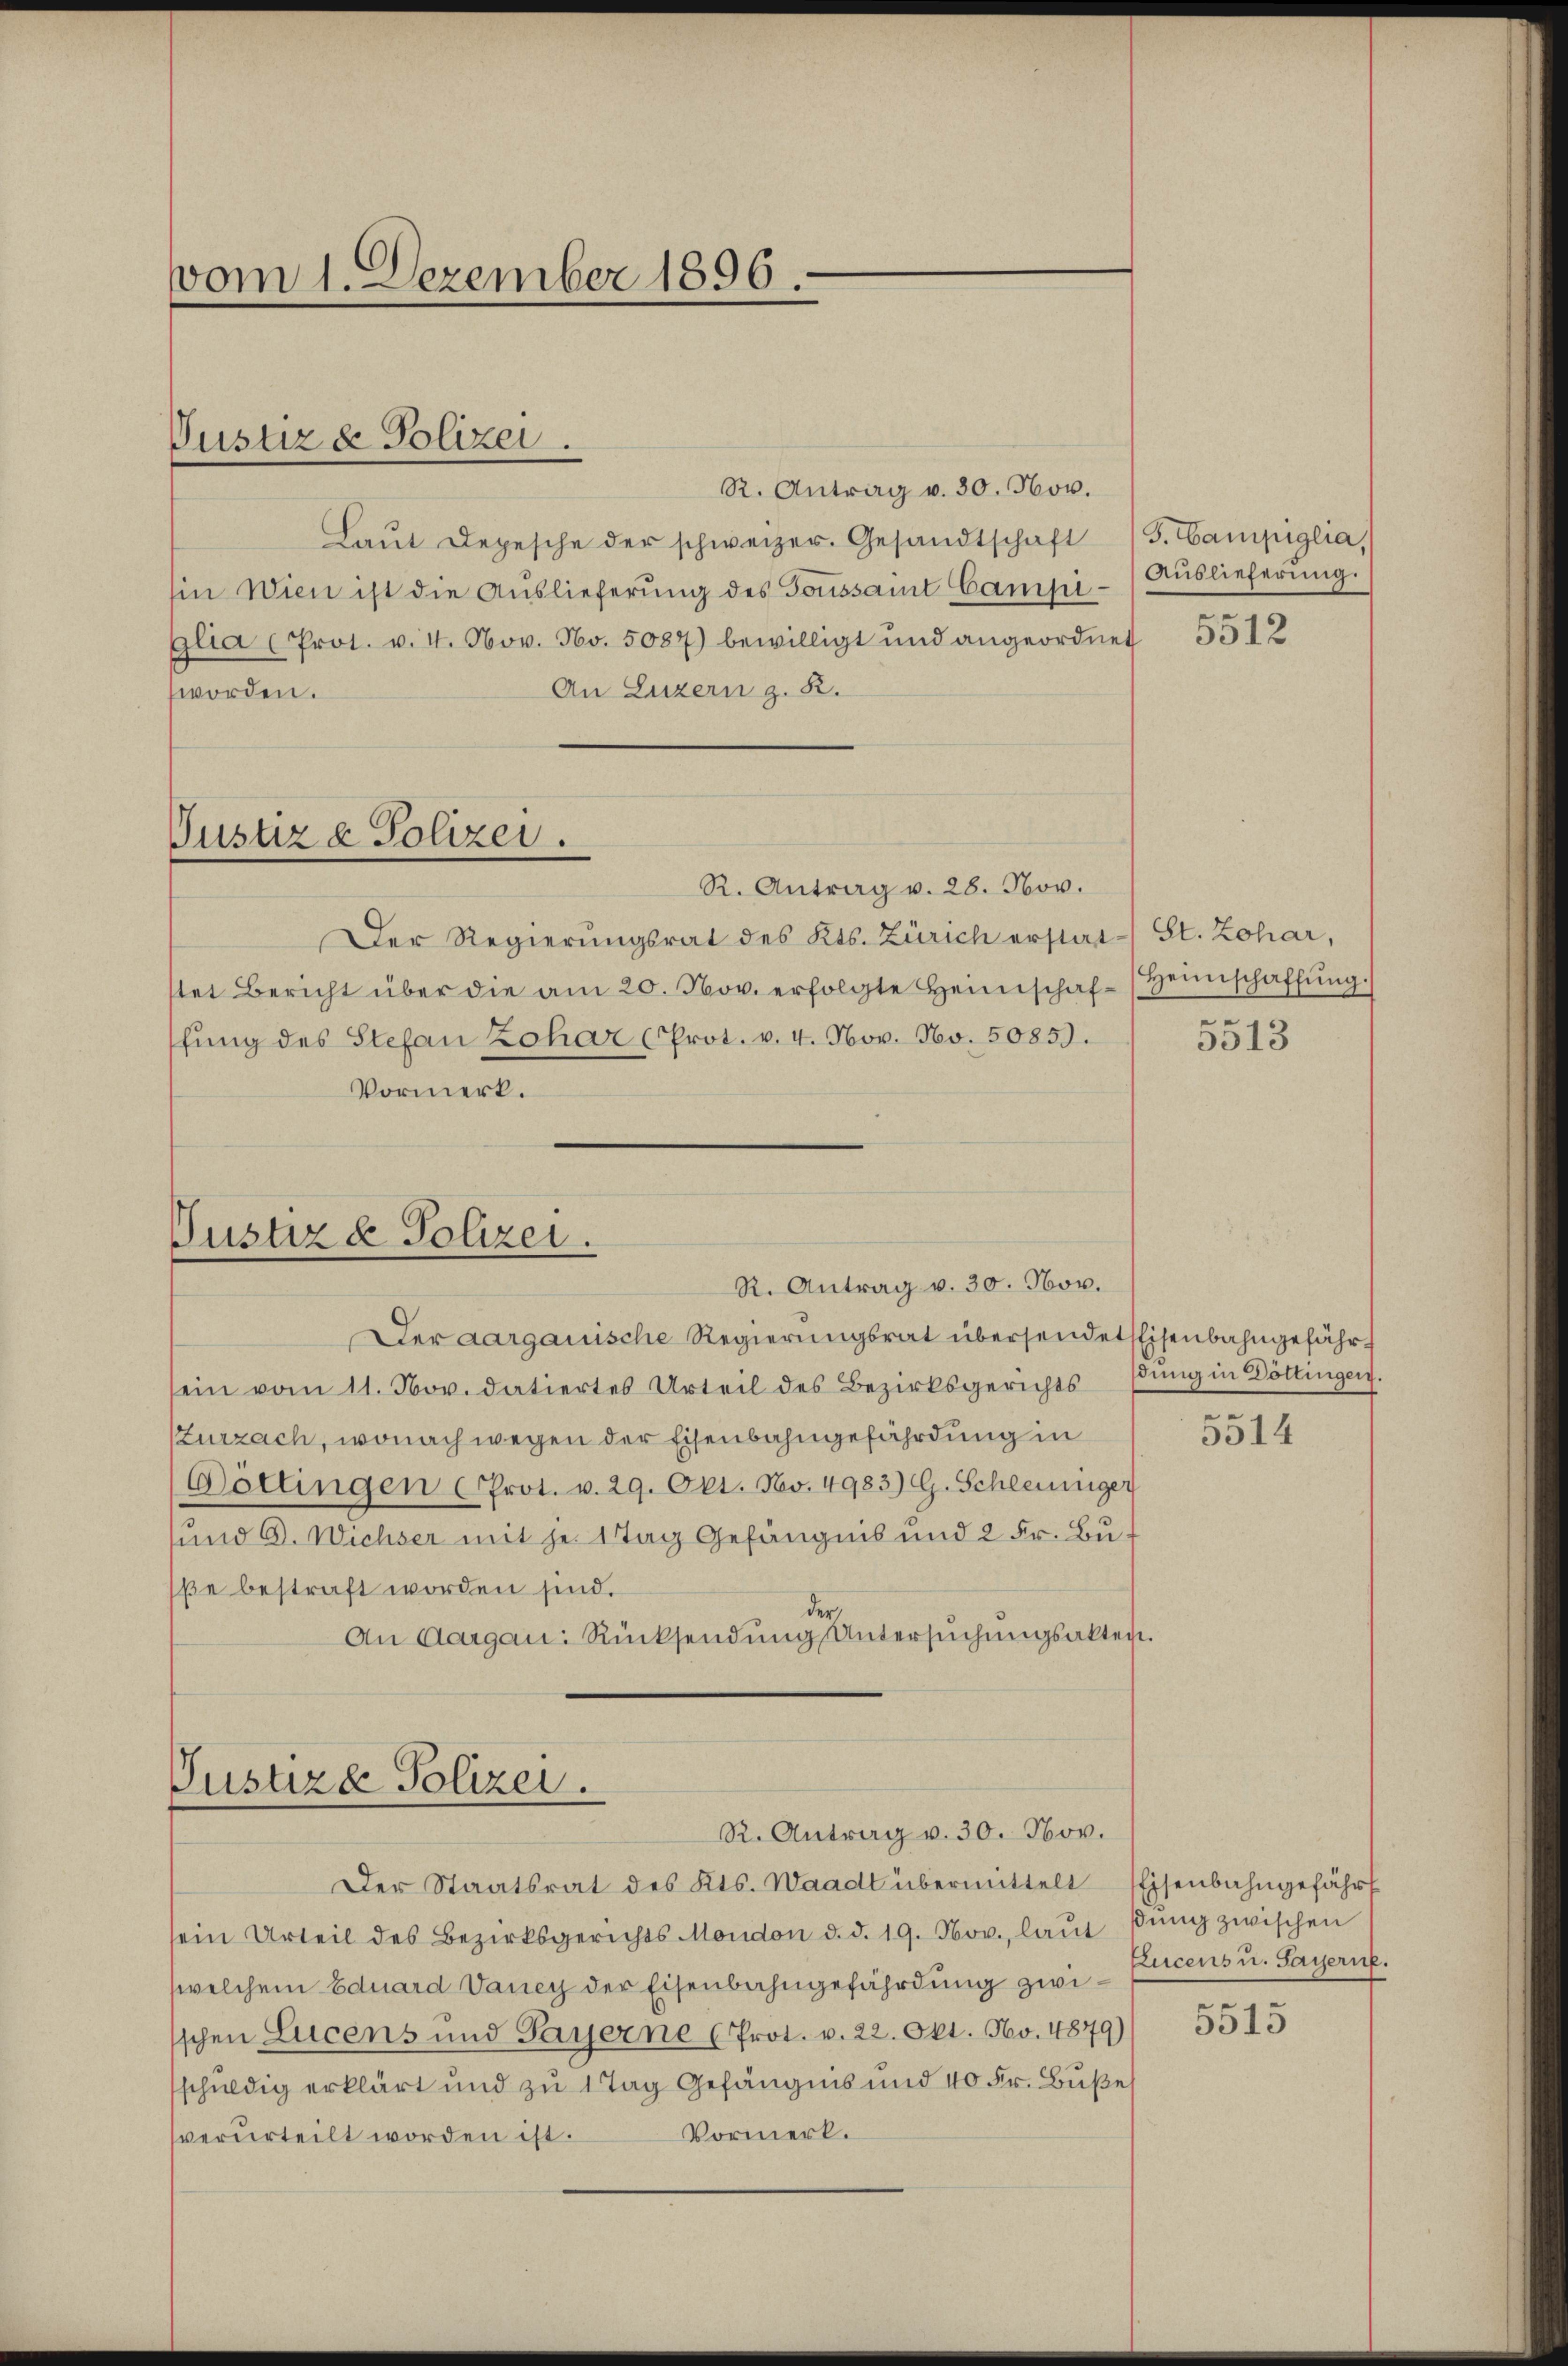
vom 1. Dezember 1896.

Vustiz & Polizei.

R. Antrag v. 30. Nov.
Laŭt Depesche der schweizer. Gesandtschaft
in Wien ist die Auslieferung des Toussamt Campiglia (Prot. v. 4. Nov. No. 5087) bewilligt und angeordnet
An Luzern z. B.
worden.

R. Antrag v. 28. Nov.
Der Regierungsrat des Kts. Zürich erstat-St. Zohar,
stet Bericht über die am 20. Nov. erfolgte Heimschaf-Heimschaffŭng.
fŭng des Stefan Lohar (Prot. v. 4. Nov. No. 50859.
Vormerk.

Vustiz & Polizei.

Pustiz & Polizei.
R. Antrag v. 30. Nov.

Justiza Polizei.
R. Antrag v. 30. Nov.

G. Campiglia,
Auslieferung.

Der aargauische Regierungsrat übersendet Eisenbahngefährsein vom 11. Nov. datiertes Urteil des Bezirksgerichts Bŭng in Döttingen.
Zurzach, wonach wegen der Eisenbahngefährdung in
Döttingen (Prot. v. 29. Okt. Nov. 4983) G. Schleiniger
sund G. Wichser mit je 1 Tag Gefängnis und 2 Fr. Buße bestraft worden sind.
der,
An Aargau: Rücksendŭng Untersŭchŭngsakten.

Der Staatsrat des Kts. Waadt übermittelt Eisenbahngefährt
sein Urteil des Bezirksgerichts Mondon d. d. 19. Nov. laŭt βŭng zwischen
welchem Eduard Daney der Eisenbahngefährdung zwi- Excens u. Payerne.
sschen Lucens und Payerne (Prot. v. 22. Okt. No. 4879)
schuldig erklärt und zu 1 Tag Gefängnis und 40 Fr. Buße
Vormerk.
verurteilt worden ist.

5512

5513

.

5514

5513